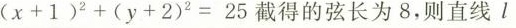
(x+1)^ { 2 }+(y+2)^ { 2 }=25截得的弦长为8，则程直线l